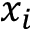
x _ { i }